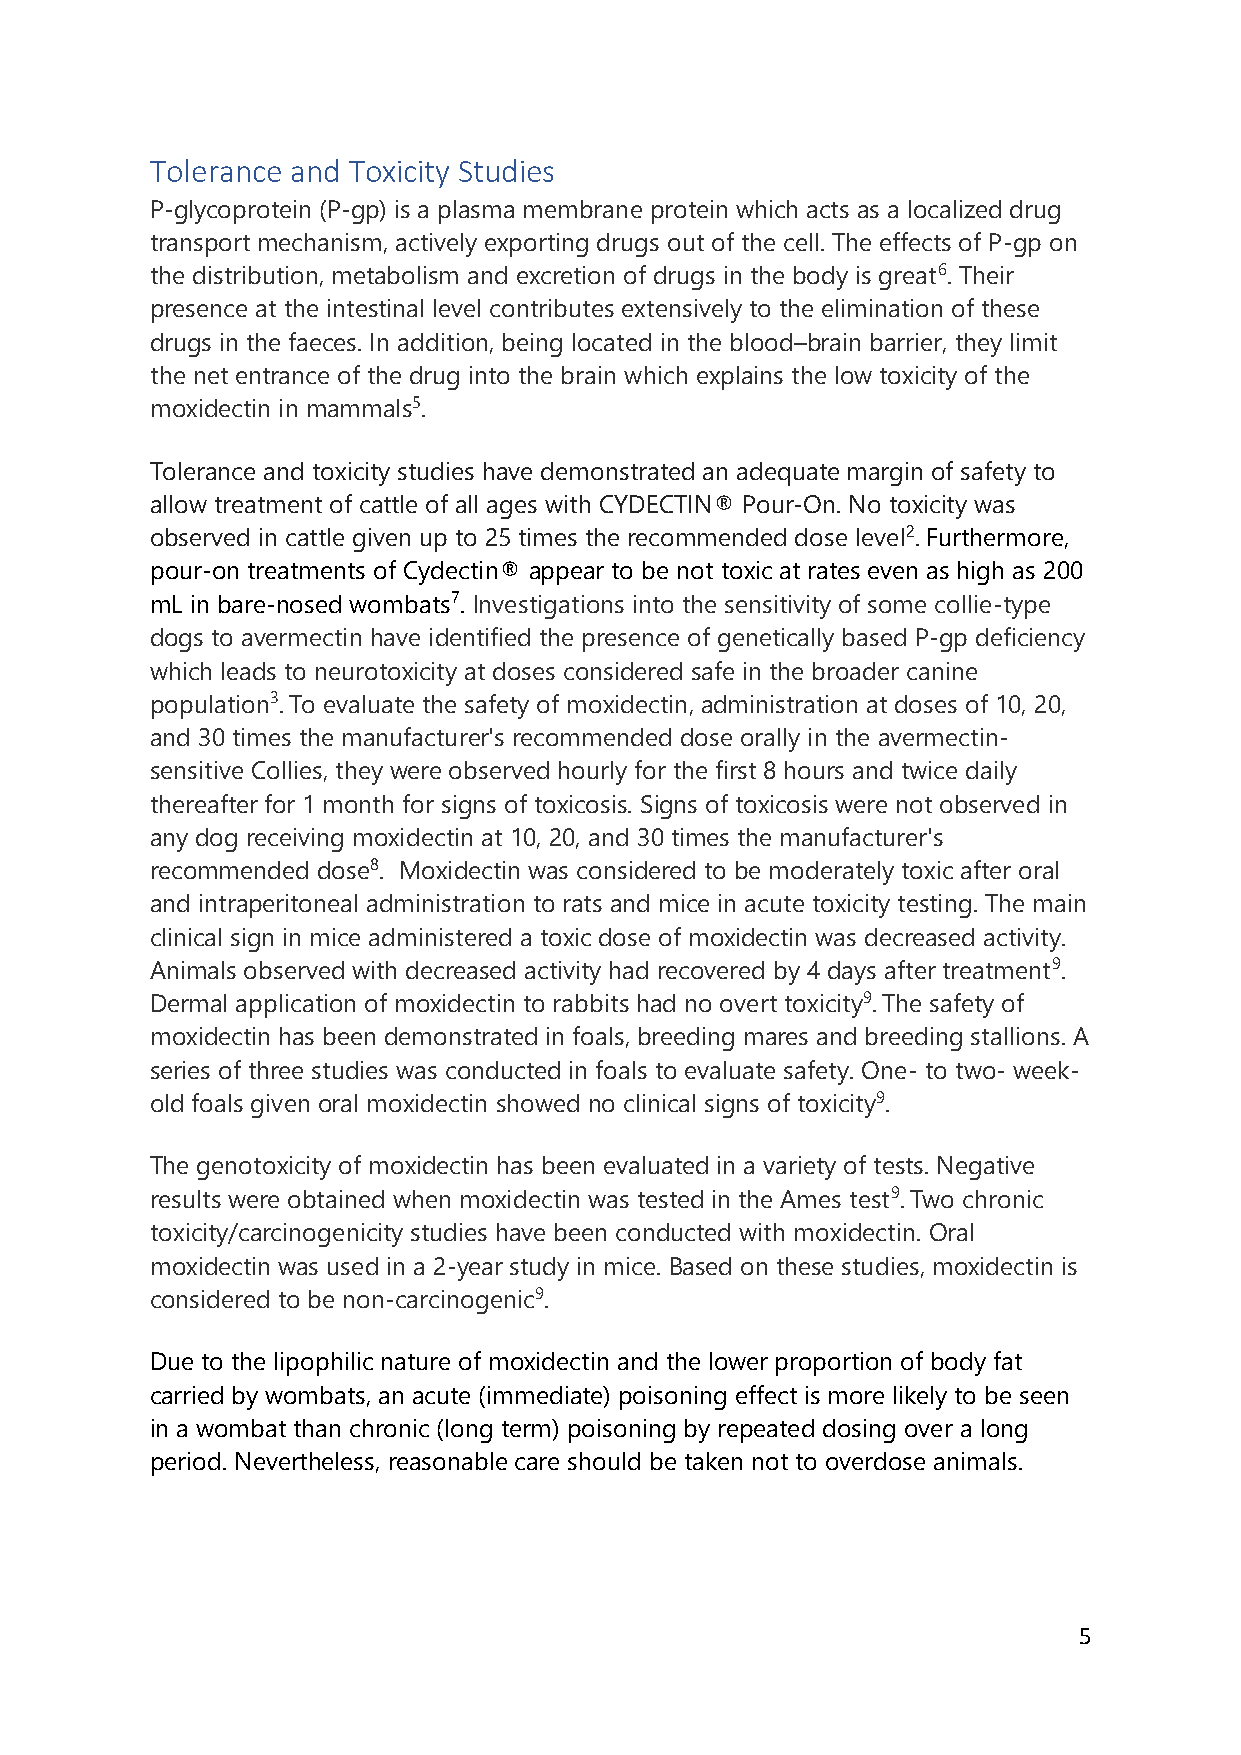
Tolerance and Toxicity Studies
 P-glycoprotein (P-gp) is a plasma membrane protein which acts as a localized drug
 transport mechanism, actively exporting drugs out of the cell. The effects of P-gp on
 the distribution, metabolism and excretion of drugs in the body is great6. Their
 presence at the intestinal level contributes extensively to the elimination of these
 drugs in the faeces. In addition, being located in the blood–brain barrier, they limit
 the net entrance of the drug into the brain which explains the low toxicity of the
 moxidectin in mammals5.
 Tolerance and toxicity studies have demonstrated an adequate margin of safety to
 allow treatment of cattle of all ages with CYDECTIN® Pour-On. No toxicity was
 observed in cattle given up to 25 times the recommended dose level2. Furthermore,
 pour-on treatments of Cydectin® appear to be not toxic at rates even as high as 200
 mL in bare-nosed wombats7. Investigations into the sensitivity of some collie-type
 dogs to avermectin have identified the presence of genetically based P-gp deficiency
 which leads to neurotoxicity at doses considered safe in the broader canine
 population3. To evaluate the safety of moxidectin, administration at doses of 10, 20,
 and 30 times the manufacturer's recommended dose orally in the avermectin-
 sensitive Collies, they were observed hourly for the first 8 hours and twice daily
 thereafter for 1 month for signs of toxicosis. Signs of toxicosis were not observed in
 any dog receiving moxidectin at 10, 20, and 30 times the manufacturer's
 recommended dose8. Moxidectin was considered to be moderately toxic after oral
 and intraperitoneal administration to rats and mice in acute toxicity testing. The main
 clinical sign in mice administered a toxic dose of moxidectin was decreased activity.
 Animals observed with decreased activity had recovered by 4 days after treatment9.
 Dermal application of moxidectin to rabbits had no overt toxicity9. The safety of
 moxidectin has been demonstrated in foals, breeding mares and breeding stallions. A
 series of three studies was conducted in foals to evaluate safety. One- to two- week-
 old foals given oral moxidectin showed no clinical signs of toxicity9.
 The genotoxicity of moxidectin has been evaluated in a variety of tests. Negative
 results were obtained when moxidectin was tested in the Ames test9. Two chronic
 toxicity/carcinogenicity studies have been conducted with moxidectin. Oral
 moxidectin was used in a 2-year study in mice. Based on these studies, moxidectin is
 considered to be non-carcinogenic9.
 Due to the lipophilic nature of moxidectin and the lower proportion of body fat
 carried by wombats, an acute (immediate) poisoning effect is more likely to be seen
 in a wombat than chronic (long term) poisoning by repeated dosing over a long
 period. Nevertheless, reasonable care should be taken not to overdose animals.
 5